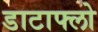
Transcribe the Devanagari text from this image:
डाटाफ्लो